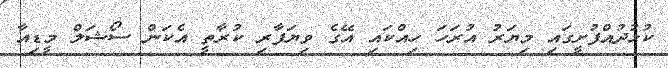
ކުޅުދުއްފުށީގައި މިޔަރު އުރަހަ ހިއްކައި އޭގެ ވިޔަފާރި ކުރާތީ އެކަން ސޯޝަލް މީޑިއާ